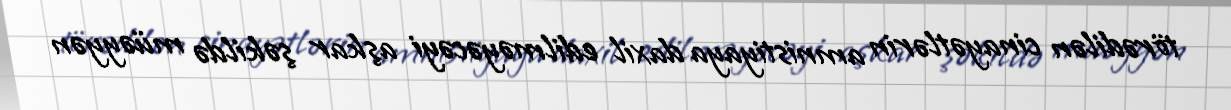
törədilən cinayətlərin amnistiyaya daxil edilməyəcəyi aşkar şəkildə müəyyən